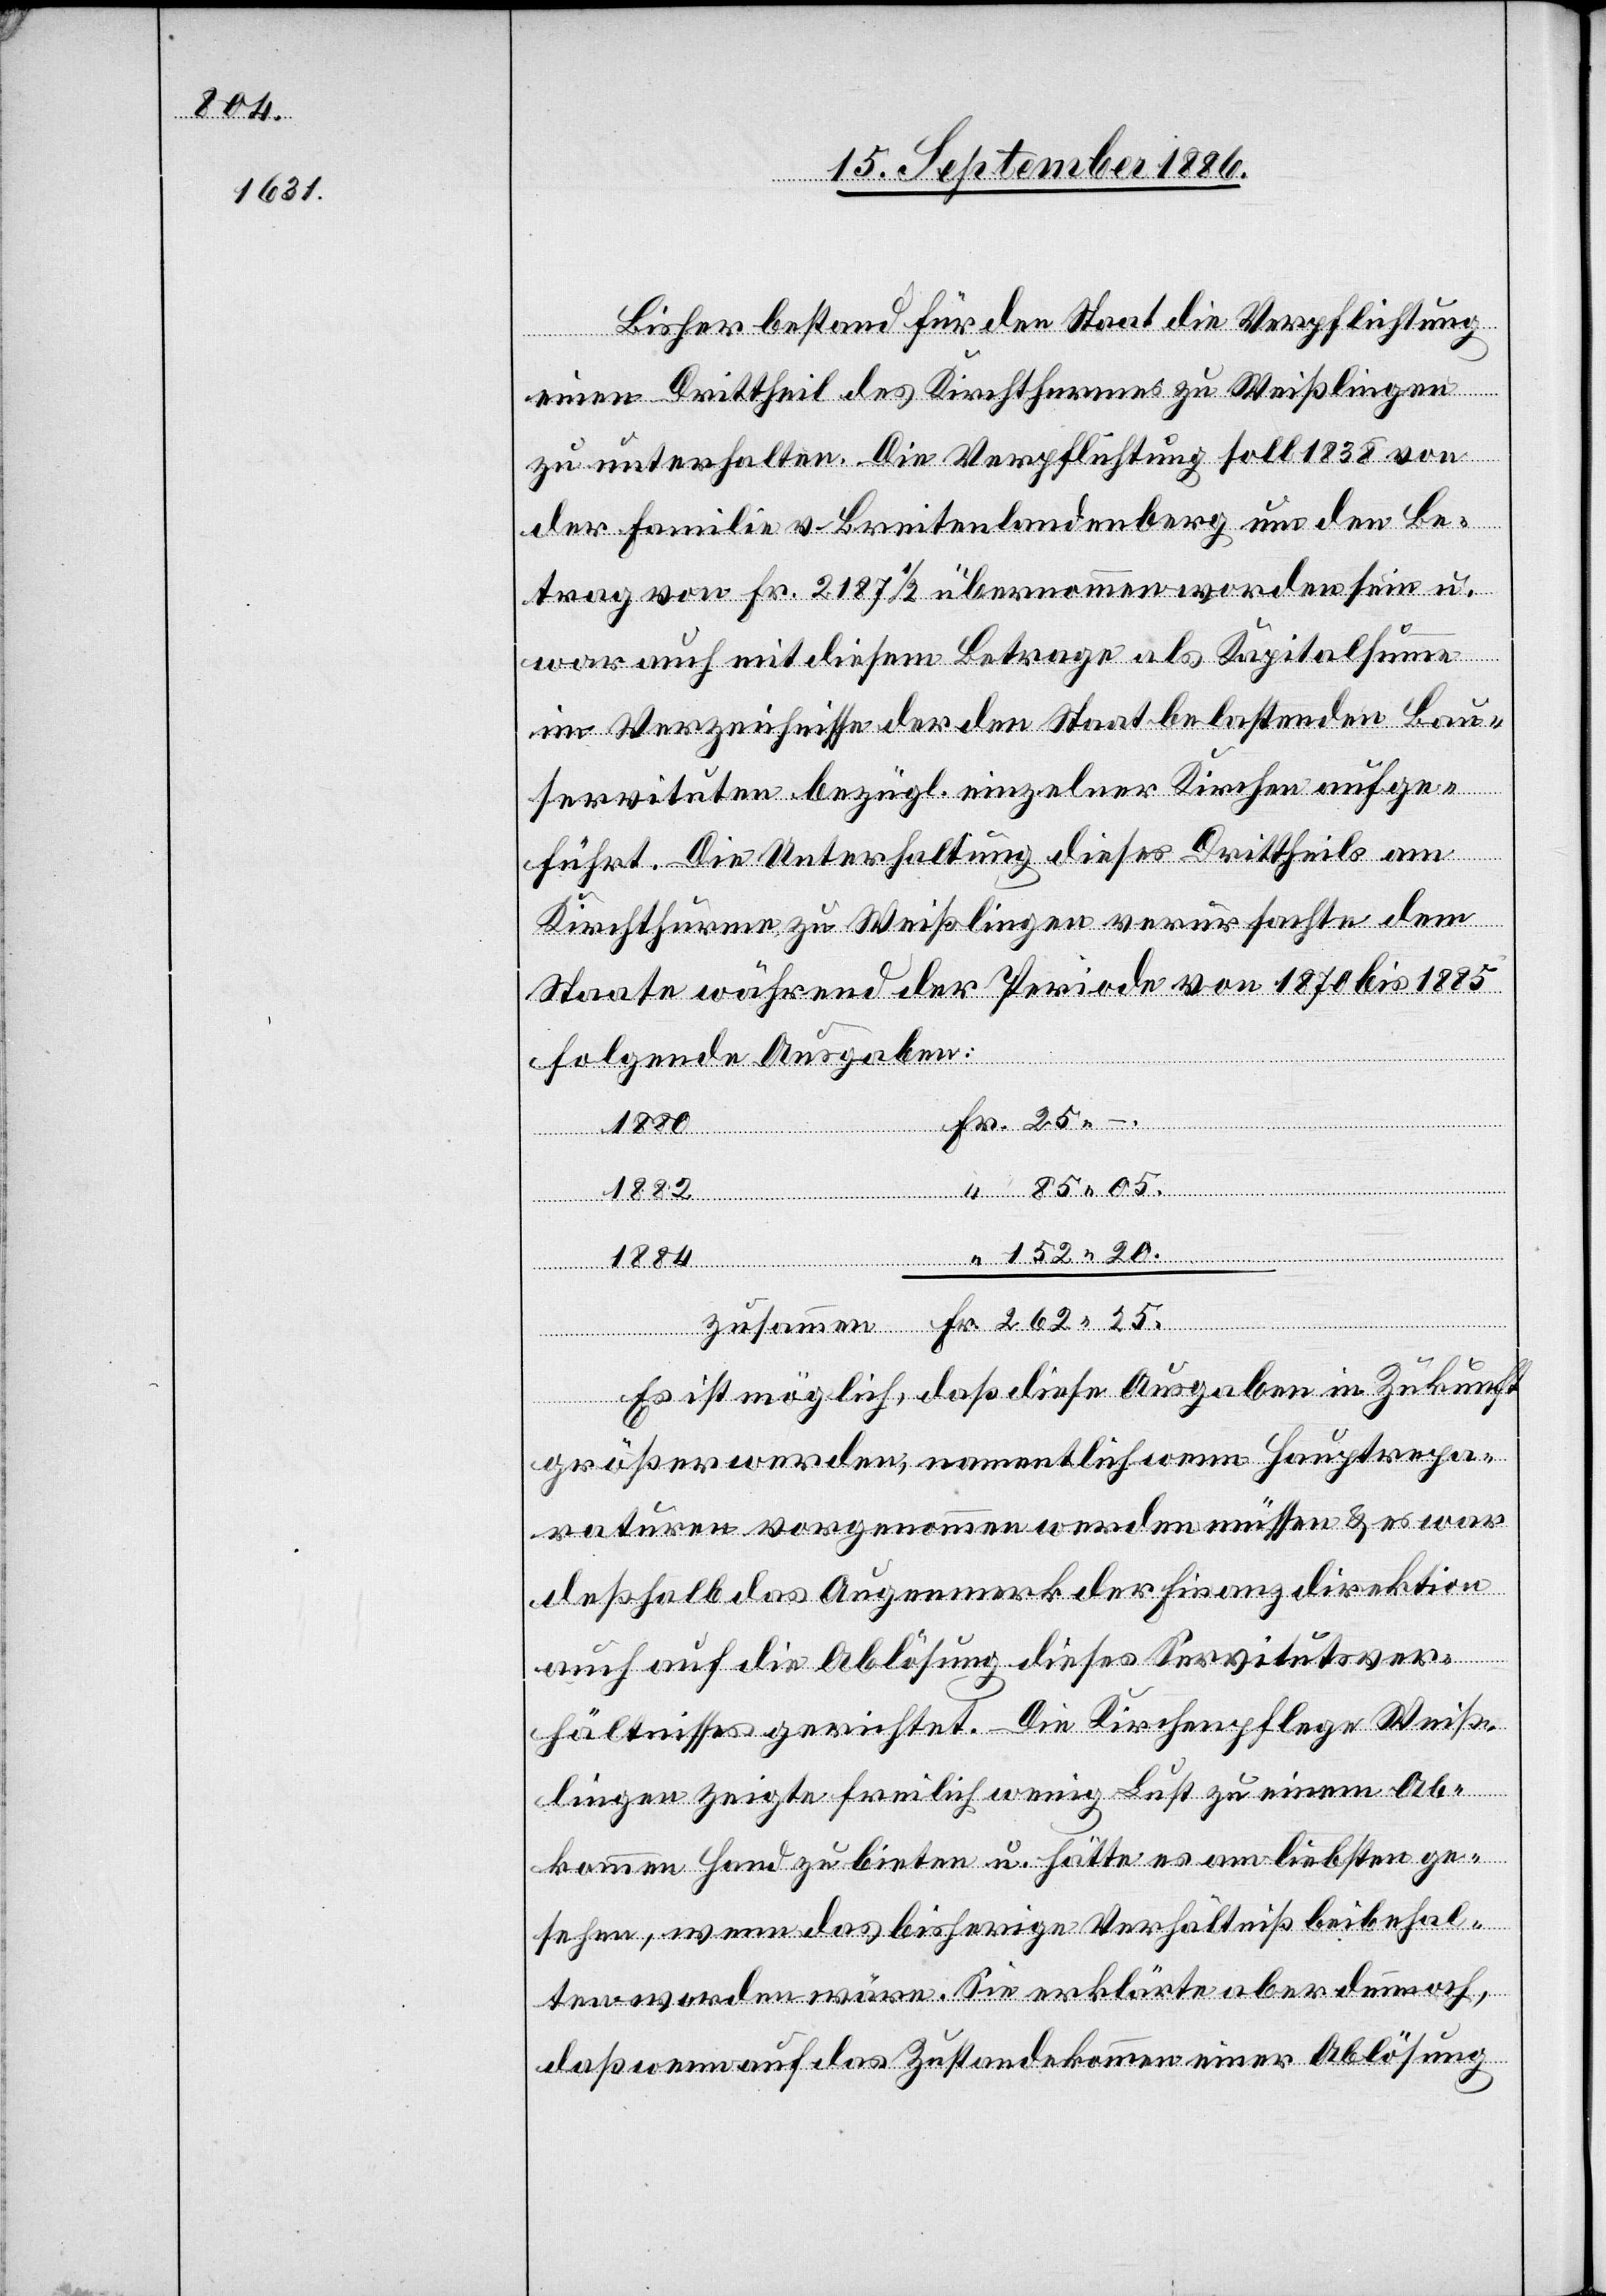
85 05.

Bisher bestand für den Staat die Verpflichtung
einen Drittheil des Kirchthurmes zu Weißlingen
zu unterhalten. Die Verpflichtung soll 1838 von
der Familie v. Breitenlandenberg um den Be¬
trag von Fr. 2187 1/2 übernommen worden sein u.
war auch mit diesem Betrage als Kapitalsumme
im Verzeichnisse der den Staat belastenden Bau¬
servituten bezügl. einzelner Kirchen aufge¬
führt. Die Unterhaltung dieses Drittheils am
Kirchthurme zu Weißlingen verursachte dem
Staate während der Periode von 1870 bis 1885
262 25.
folgende Ausgaben:
Es ist möglich, daß diese Ausgaben in Zukunft
größer werden, namentlich wenn Hauptrepa¬
raturen vorgenommen werden müssen & es war
deßhalb das Augenmerk der Finanzdirektion
auch auf die Ablösung dieses Servitutsver¬
hältnisses gerichtet. Die Kirchenpflege Weiß¬
lingen zeigte freilich wenig Lust zu einem Ab¬
kommen Hand zu bieten u. hätte es am liebsten ge¬
sehen, wenn das bisherige Verhältniß beibehal¬
ten worden wäre. Sie erklärte aber dennoch,
daß wenn auf das Zustandekommen einer Ablösung